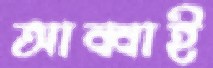
আব্বাই